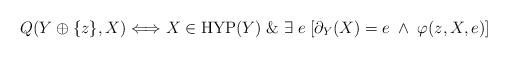
LaTeX: \begin{align*}Q(Y\oplus \{z\},X) \Longleftrightarrow X\in \mathrm{HYP}(Y) \; \&\; \exists \; e \; [\partial_{Y}(X) = e \; \wedge\; \varphi(z,X, e)]\end{align*}